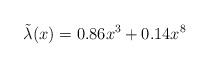
\begin{align*}\tilde{\lambda}(x) &= 0.86 x^3 + 0.14 x^8\end{align*}